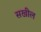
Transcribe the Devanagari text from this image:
सखील